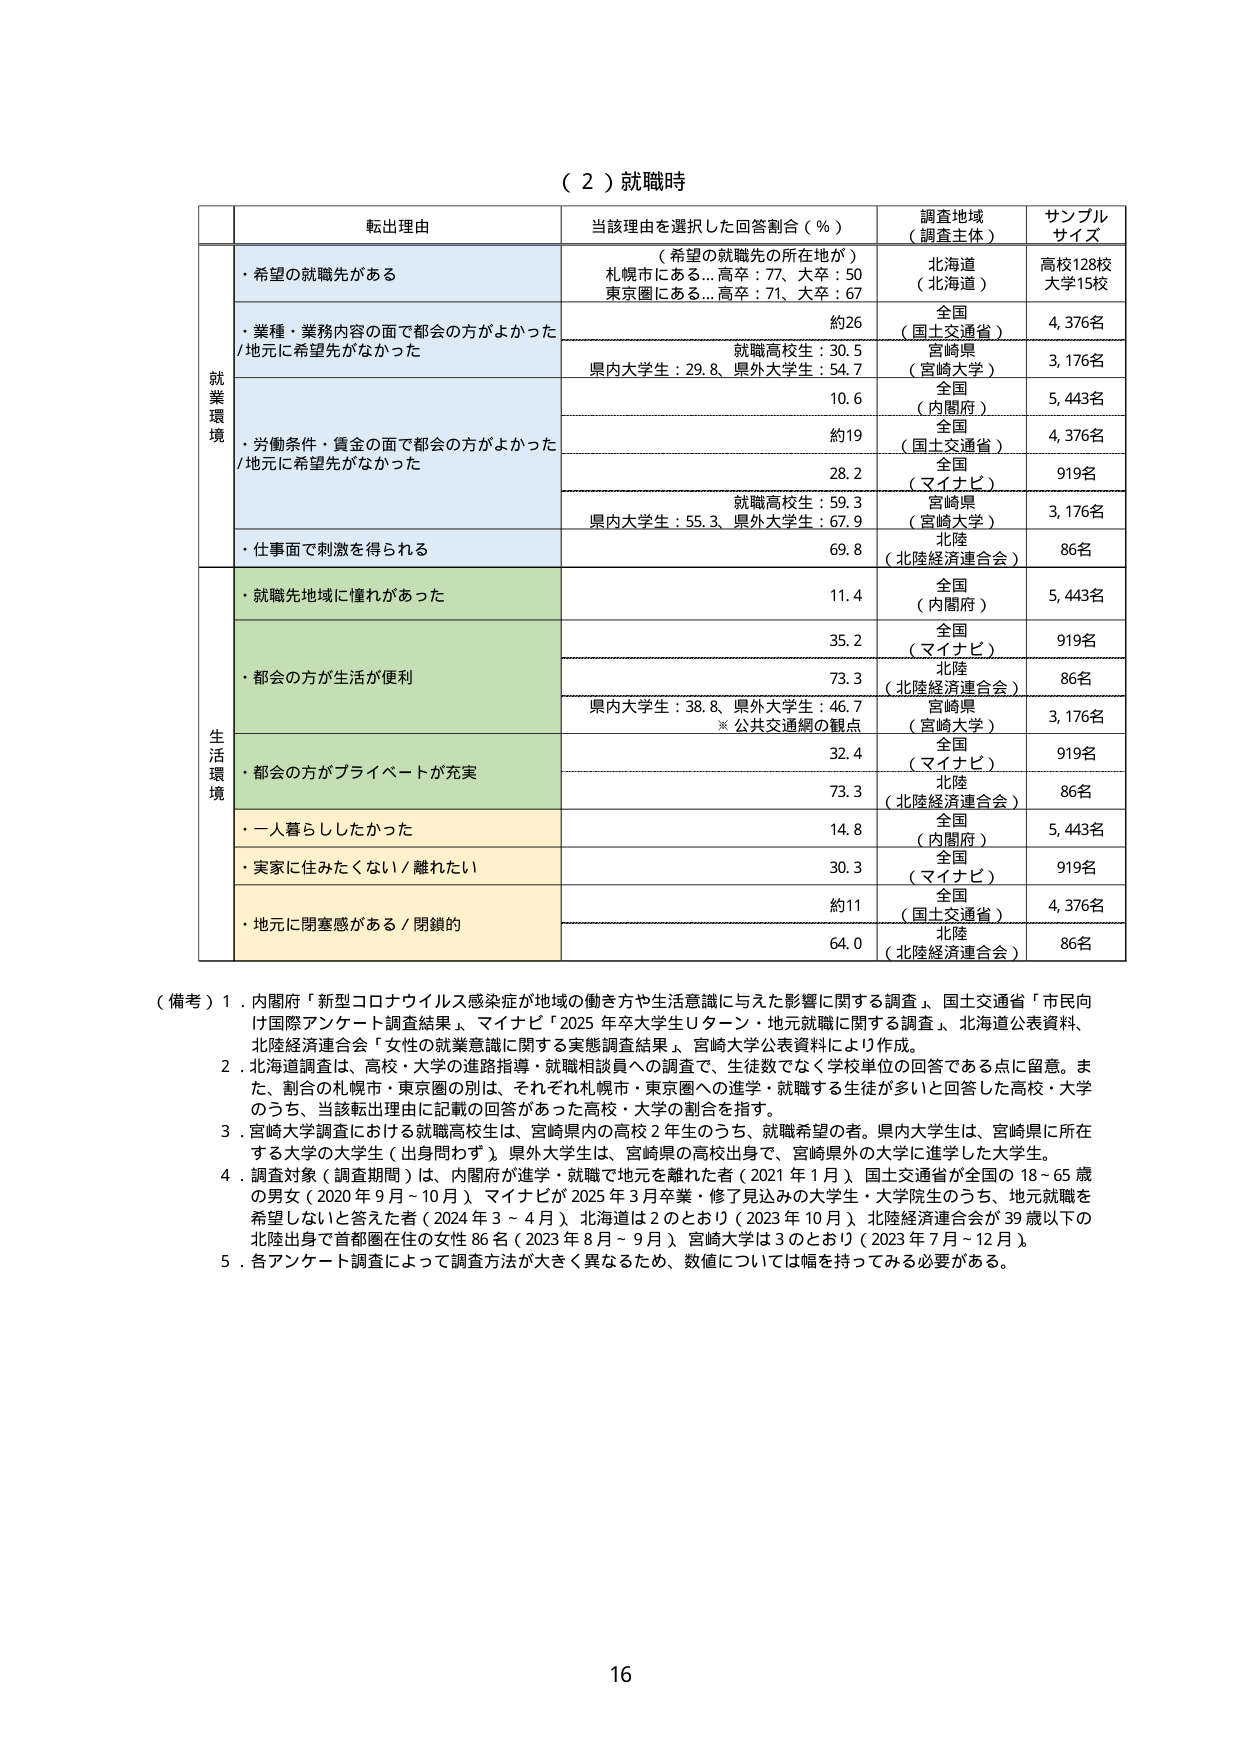
（２）就職時

転出理由 当該理由を選択した回答割合（％） 調査地域 （調査主体） サンプル サイズ

就業環境
・希望の就職先がある （希望の就職先の所在地が） 札幌市にある…高卒：77、大卒：50 東京圏にある…高卒：71、大卒：67 北海道 （北海道） 高校128校 大学15校
・業種・業務内容の面で都会の方がよかった /地元に希望先がなかった 約26 全国 （国土交通省） 4,376名
就職高校生：30.5 県内大学生：29.8、県外大学生：54.7 宮崎県 （宮崎大学） 3,176名
・労働条件・賃金の面で都会の方がよかった /地元に希望先がなかった 10.6 全国 （内閣府） 5,443名
約19 全国 （国土交通省） 4,376名
28.2 全国 （マイナビ） 919名
就職高校生：59.3 県内大学生：55.3、県外大学生：67.9 宮崎県 （宮崎大学） 3,176名
・仕事面で刺激を得られる 69.8 北陸 （北陸経済連合会） 86名

生活環境
・就職先地域に憧れがあった 11.4 全国 （内閣府） 5,443名
・都会の方が生活が便利 35.2 全国 （マイナビ） 919名
73.3 北陸 （北陸経済連合会） 86名
県内大学生：38.8、県外大学生：46.7 ※公共交通網の観点 宮崎県 （宮崎大学） 3,176名
・都会の方がプライベートが充実 32.4 全国 （マイナビ） 919名
73.3 北陸 （北陸経済連合会） 86名
・一人暮らしがしたかった 14.8 全国 （内閣府） 5,443名
・実家に住みたくない／離れたい 30.3 全国 （マイナビ） 919名
・地元に閉塞感がある／閉鎖的 約11 全国 （国土交通省） 4,376名
64.0 北陸 （北陸経済連合会） 86名

（備考）1．内閣府「新型コロナウイルス感染症が地域の働き方や生活意識に与えた影響に関する調査」、国土交通省「市民向け国際アンケート調査結果」、マイナビ「2025年卒大学生Uターン・地元就職に関する調査」、北海道公表資料、北陸経済連合会「女性の就業意識に関する実態調査結果」、宮崎大学公表資料により作成。
2．北海道調査は、高校・大学の進路指導・就職相談員への調査で、生徒数でなく学校単位の回答である点に留意。また、割合の札幌市・東京圏の別は、それぞれ札幌市・東京圏への進学・就職する生徒が多いと回答した高校・大学のうち、当該転出理由に記載の回答があった高校・大学の割合を指す。
3．宮崎大学調査における就職高校生は、宮崎県内の高校2年生のうち、就職希望の者。県内大学生は、宮崎県に所在する大学の大学生（出身問わず）。県外大学生は、宮崎県の高校出身で、宮崎県外の大学に進学した大学生。
4．調査対象（調査期間）は、内閣府が進学・就職で地元を離れた者（2021年1月）、国土交通省が全国の18～65歳の男女（2020年9月～10月）、マイナビが2025年3月卒業・修了見込みの大学生・大学院生のうち、地元就職を希望しないと答えた者（2024年3～4月）、北海道は2のとおり（2023年10月）、北陸経済連合会が39歳以下の北陸出身で首都圏在住の女性86名（2023年8月～9月）、宮崎大学は3のとおり（2023年7月～12月）。
5．各アンケート調査によって調査方法が大きく異なるため、数値については幅を持ってみる必要がある。

16